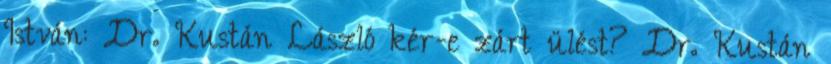
István: Dr. Kustán László kér-e zárt ülést? Dr. Kustán